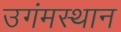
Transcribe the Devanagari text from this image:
उगंमस्थान